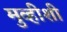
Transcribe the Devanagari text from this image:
मुव्हीशी